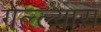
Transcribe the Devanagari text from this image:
गेल्ल्यास